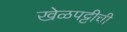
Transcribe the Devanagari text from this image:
खेळपट्टीची